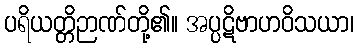
ပရိယတ္တိဉာဏ်တို့၏။ အပ္ပဋိဗာဟဝိသယာ၊